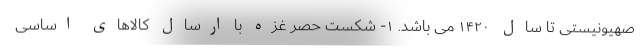
صهیونیستی تا سال ۱۴۲۰ می باشد. ۱- شکست حصر غزه با ارسال کالاهای اساسی